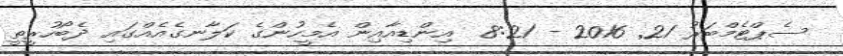
ސެޕްޓެމްބަރު 21